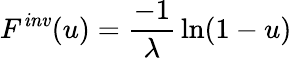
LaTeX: F^{\mathit{inv}}(u)={\frac{-1}{\lambda}}\ln(1-u)